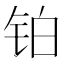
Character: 铂